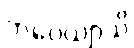
ဘဝေယျာသိ